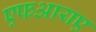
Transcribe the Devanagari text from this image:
एफआयए